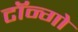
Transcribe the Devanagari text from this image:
टॉन्गो